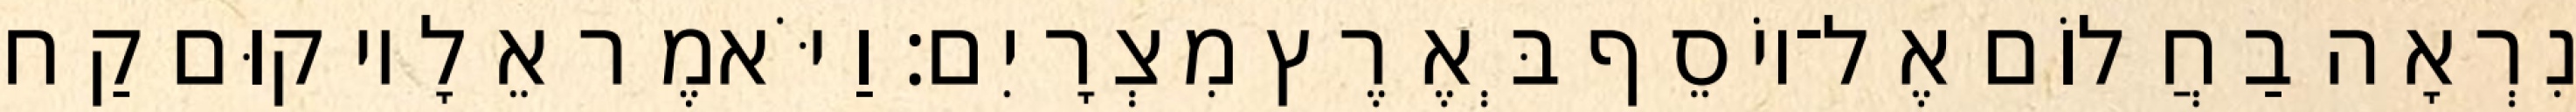
נִרְאָה בַחֲלוֹם אֶל־יוֹסֵף בְּאֶרֶץ מִצְרָיִם׃ וַיֹּאמֶר אֵלָיו קוּם קַח